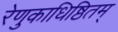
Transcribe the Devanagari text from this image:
रेणुकाधिष्ठितम्‌